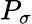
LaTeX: P_{\sigma}